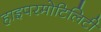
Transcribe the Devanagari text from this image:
हाइपरमोटिलिटी